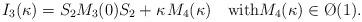
LaTeX: \begin{align*}I_3(\kappa)=S_2M_3(0)S_2+\kappa\;\!M_4(\kappa)\quad\hbox{with}M_4(\kappa)\in\O(1).\end{align*}